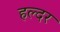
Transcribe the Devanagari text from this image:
हल्दर